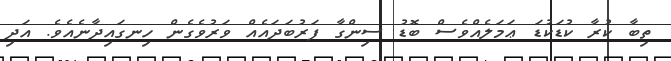
ތިބާ ކުރާ ކުޑަކުޑަ ޢަމަލެއްވެސް ބޮޑު ސިންގާ ފަރުބަދައެއް ވަރުވެގެން ހިނގައިދާނެއެވެ. އަދި